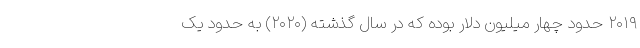
۲۰۱۹ حدود چهار میلیون دلار بوده که در سال گذشته (۲۰۲۰) به حدود یک